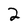
Character: 2